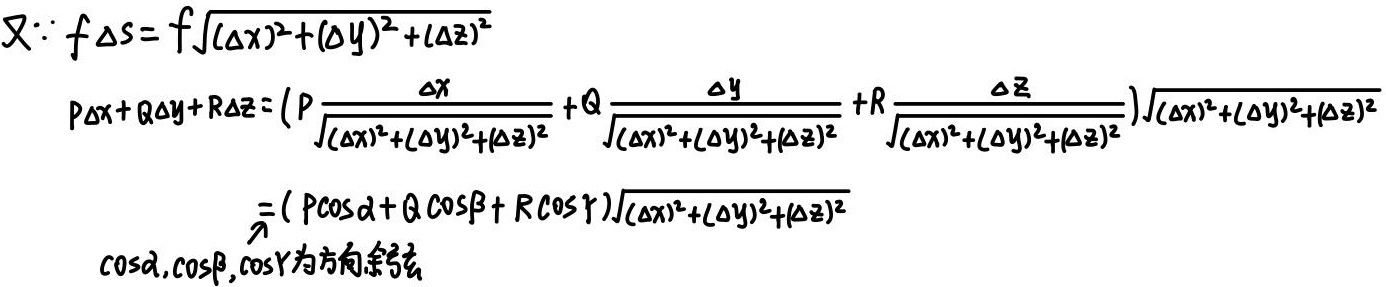
又\(\because f\Delta s = f\sqrt{(\Delta x)^2 + (\Delta y)^2 + (\Delta z)^2}\)
\[
\begin{align*}
P\Delta x + Q\Delta y + R\Delta z&=(P\frac{\Delta x}{\sqrt{(\Delta x)^2 + (\Delta y)^2 + (\Delta z)^2}} + Q\frac{\Delta y}{\sqrt{(\Delta x)^2 + (\Delta y)^2 + (\Delta z)^2}} + R\frac{\Delta z}{\sqrt{(\Delta x)^2 + (\Delta y)^2 + (\Delta z)^2}})\sqrt{(\Delta x)^2 + (\Delta y)^2 + (\Delta z)^2}\\
&=(P\cos\alpha + Q\cos\beta + R\cos\gamma)\sqrt{(\Delta x)^2 + (\Delta y)^2 + (\Delta z)^2}
\end{align*}
\]
\(\cos\alpha,\cos\beta,\cos\gamma\)为方向余弦。